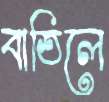
বাতিলে